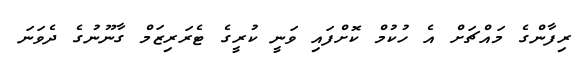
ރިފާންގެ މައްޗަށް އެ ހުކުމް ކޮށްފައި ވަނީ ކުރީގެ ޓެރަރިޒަމް ގާނޫނުގެ ދެވަނަ